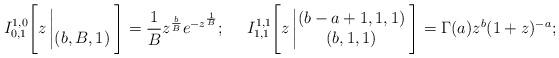
LaTeX: \begin{align*}I^{1,0}_{0,1}\Bigg[z\left|\begin{matrix} \\ (b,B,1) \end{matrix}\right.\Bigg]=\frac{1}{B}z^{\frac{b}{B}}e^{-z^{\frac{1}{B}}};\ \ \ \ I^{1,1}_{1,1}\Bigg[z\left|\begin{matrix} (b-a+1,1,1)\\ (b,1,1) \end{matrix}\right.\Bigg]=\Gamma(a)z^b(1+z)^{-a};\end{align*}